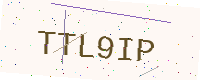
Text: TTL9IP